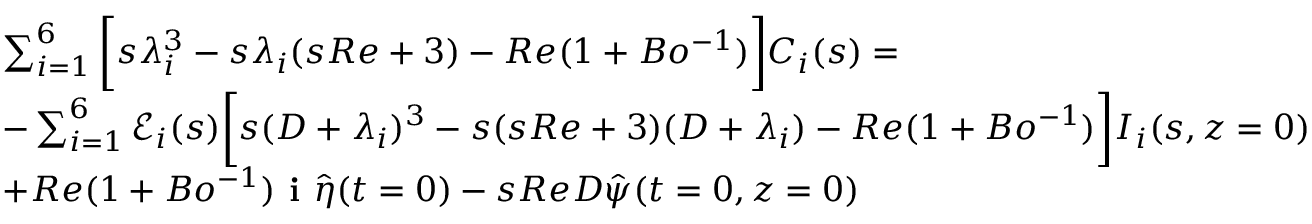
\begin{array} { r l } & { \sum _ { i = 1 } ^ { 6 } \bigg [ s \lambda _ { i } ^ { 3 } - s \lambda _ { i } ( s R e + 3 ) - R e ( 1 + B o ^ { - 1 } ) \bigg ] C _ { i } ( s ) = } \\ & { - \sum _ { i = 1 } ^ { 6 } \mathscr { E } _ { i } ( s ) \bigg [ s ( D + \lambda _ { i } ) ^ { 3 } - s ( s R e + 3 ) ( D + \lambda _ { i } ) - R e ( 1 + B o ^ { - 1 } ) \bigg ] I _ { i } ( s , z = 0 ) } \\ & { + R e ( 1 + B o ^ { - 1 } ) \textbf { i } \hat { \eta } ( t = 0 ) - s R e D \hat { \psi } ( t = 0 , z = 0 ) } \end{array}